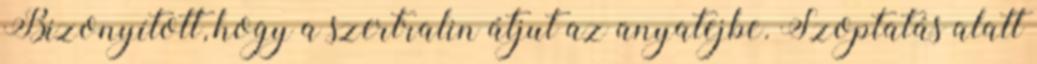
Bizonyított, hogy a szertralin átjut az anyatejbe. Szoptatás alatt